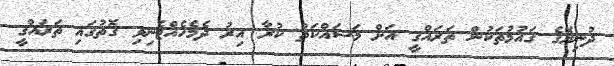
ދުނިޔޭގެ ގައުމުތަކުން ތަރައްގީ އަށް މަސައްކަތް ކުރާ އިރު ދެމެހެއްޓެނިވި ގޮތުގައި ތަރައްގީ